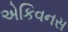
એકિવનસ